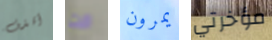
أقذف انت يمرون مؤخرتي